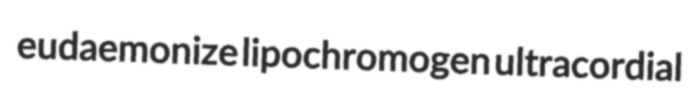
eudaemonize lipochromogen ultracordial